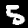
Digit: 5